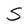
Character: S